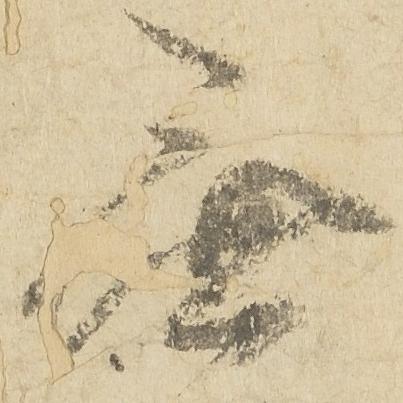
無